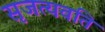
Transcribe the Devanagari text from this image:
सृजत्यवति